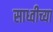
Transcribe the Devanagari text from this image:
साध्वीच्या